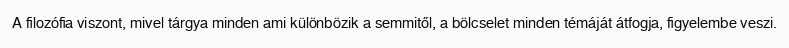
A filozófia viszont, mivel tárgya minden ami különbözik a semmitől, a bölcselet minden témáját átfogja, figyelembe veszi.